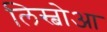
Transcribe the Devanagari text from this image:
लिस्बोआ